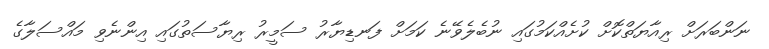
ނަންބަރަށް ރިއާޔަތްކޮށް ކުށެއްކަމުގައި ނުބެލެވޭނެ ކަމަށް ފަނޑިޔާރު ސަމީރު ރިޔާސަތުގައި އިންނެވި މައްސަލާގެ